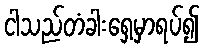
ငါသည်တံခါးရှေ့မှာရပ်၍